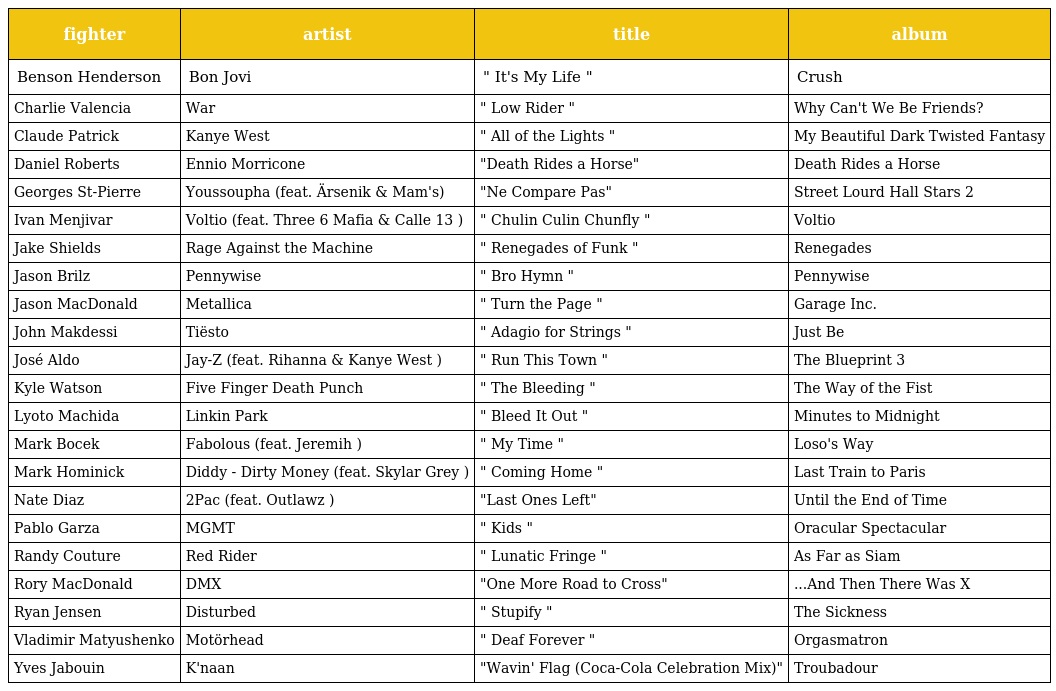
| fighter | artist | title | album |
 | --- | --- | --- | --- |
 | Benson Henderson | Bon Jovi | " It's My Life " | Crush |
 | Charlie Valencia | War | " Low Rider " | Why Can't We Be Friends? |
 | Claude Patrick | Kanye West | " All of the Lights " | My Beautiful Dark Twisted Fantasy |
 | Daniel Roberts | Ennio Morricone | "Death Rides a Horse" | Death Rides a Horse |
 | Georges St-Pierre | Youssoupha (feat. Ärsenik & Mam's) | "Ne Compare Pas" | Street Lourd Hall Stars 2 |
 | Ivan Menjivar | Voltio (feat. Three 6 Mafia & Calle 13 ) | " Chulin Culin Chunfly " | Voltio |
 | Jake Shields | Rage Against the Machine | " Renegades of Funk " | Renegades |
 | Jason Brilz | Pennywise | " Bro Hymn " | Pennywise |
 | Jason MacDonald | Metallica | " Turn the Page " | Garage Inc. |
 | John Makdessi | Tiësto | " Adagio for Strings " | Just Be |
 | José Aldo | Jay-Z (feat. Rihanna & Kanye West ) | " Run This Town " | The Blueprint 3 |
 | Kyle Watson | Five Finger Death Punch | " The Bleeding " | The Way of the Fist |
 | Lyoto Machida | Linkin Park | " Bleed It Out " | Minutes to Midnight |
 | Mark Bocek | Fabolous (feat. Jeremih ) | " My Time " | Loso's Way |
 | Mark Hominick | Diddy - Dirty Money (feat. Skylar Grey ) | " Coming Home " | Last Train to Paris |
 | Nate Diaz | 2Pac (feat. Outlawz ) | "Last Ones Left" | Until the End of Time |
 | Pablo Garza | MGMT | " Kids " | Oracular Spectacular |
 | Randy Couture | Red Rider | " Lunatic Fringe " | As Far as Siam |
 | Rory MacDonald | DMX | "One More Road to Cross" | ...And Then There Was X |
 | Ryan Jensen | Disturbed | " Stupify " | The Sickness |
 | Vladimir Matyushenko | Motörhead | " Deaf Forever " | Orgasmatron |
 | Yves Jabouin | K'naan | "Wavin' Flag (Coca-Cola Celebration Mix)" | Troubadour |